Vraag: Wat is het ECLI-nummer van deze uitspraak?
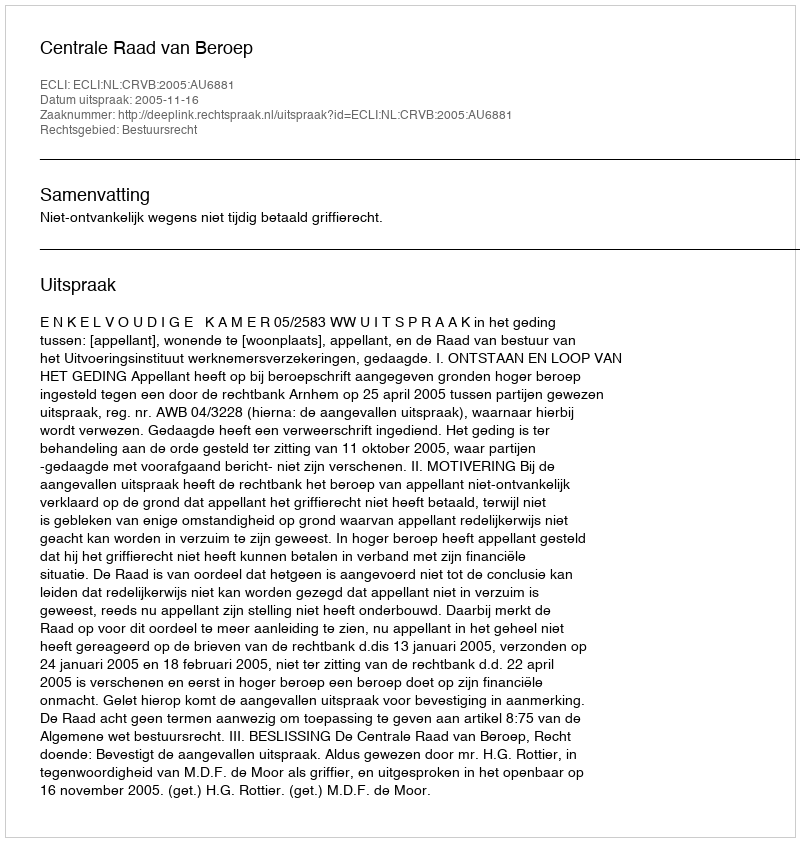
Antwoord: ECLI:NL:CRVB:2005:AU6881